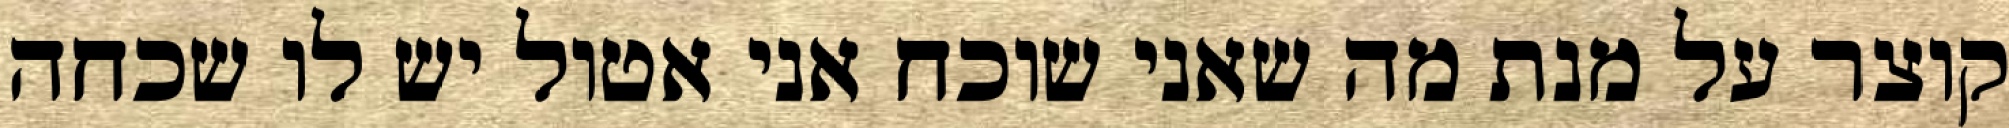
קוצר על מנת מה שאני שוכח אני אטול יש לו שכחה